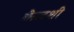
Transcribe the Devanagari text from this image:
केलशी